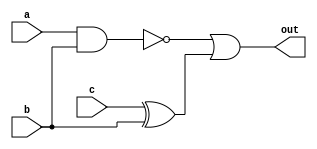
module logic_block (
    input wire a, 
    input wire b, 
    input wire c, 
    output wire out
);

    assign out = ~(a & b) | (c ^ b);

endmodule